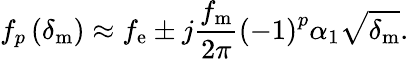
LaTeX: f_{p}\left(\delta_{\mathrm{m}}\right)\approx f_{\mathrm{e}}\pm j\frac{f_{\mathrm{m}}}{2\pi}\left(-1\right)^{p}\alpha_{1}\sqrt{\delta_{\mathrm{m}}}.